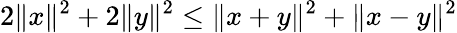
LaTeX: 2\| x\| ^{2}+2\| y\| ^{2}\leq\| x+y\| ^{2}+\| x-y\| ^{2}